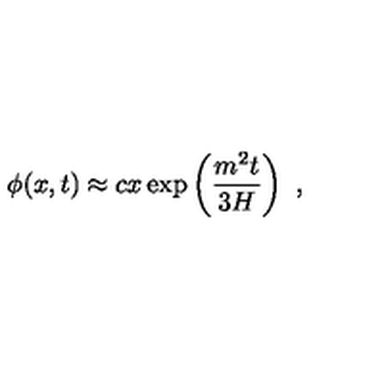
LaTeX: \phi ( x , t ) \approx c x \exp \left( { \frac { m ^ { 2 } t } { 3 H } } \right) \ ,